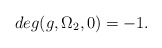
\begin{align*}deg (g, \Omega_2, 0) = -1.\end{align*}